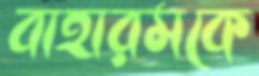
বাহারমকে